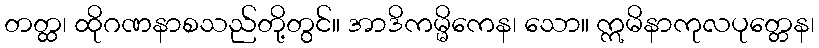
တတ္ထ၊ ထိုဂဏနာစသည်တို့တွင်။ အာဒိကမ္မိကေန၊ သော။ ဣမိနာကုလပုတ္တေန၊